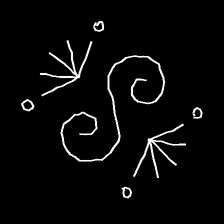
Glyph: aeroform